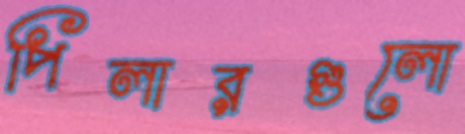
পিলারগুলো